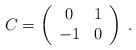
LaTeX: \begin{align*} C = \left( \begin{array}{cc} 0 & 1\\ -1 & 0\end{array}\right)\;.\end{align*}